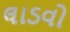
લાડવો